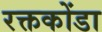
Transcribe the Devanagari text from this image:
रक्तकोंडा